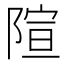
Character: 𫕍